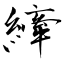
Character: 縴